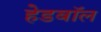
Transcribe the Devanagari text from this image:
हेडबॉल